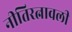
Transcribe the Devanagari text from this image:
नीतिरत्नावली